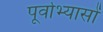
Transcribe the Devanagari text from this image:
पूर्वाभ्यासों